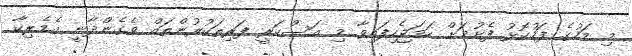
މި މަހުގެ ފަހުކޮޅު ފެށުމަށް ހަމަޖެހިފައިވާ މި އަސްކަރީ ފަރިތަކުރުންތައް ވެގެންދާނީ އެމެރިކާ